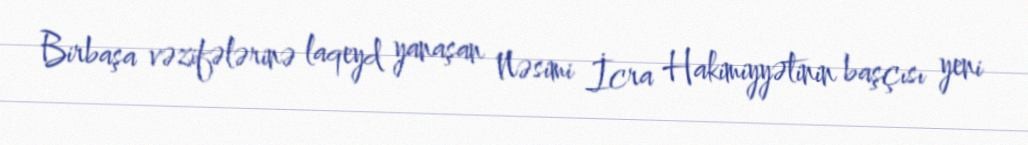
Birbaşa vəzifələrinə laqeyd yanaşan Nəsimi İcra Hakimiyyətinin başçısı yeni